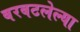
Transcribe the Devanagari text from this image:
बरबटलेल्या